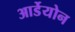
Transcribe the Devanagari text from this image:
आर्डेयोन